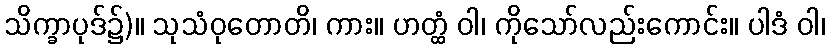
သိက္ခာပုဒ်၌)။ သုသံဝုတောတိ၊ ကား။ ဟတ္ထံ ဝါ၊ ကိုသော်လည်းကောင်း။ ပါဒံ ဝါ၊